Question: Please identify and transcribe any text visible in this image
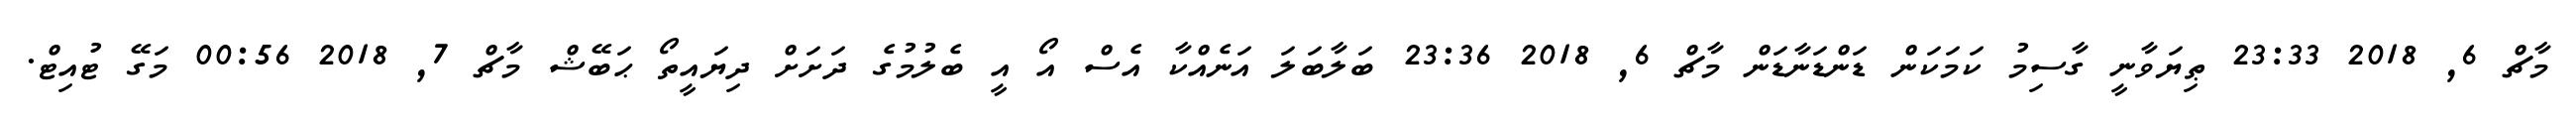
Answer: މާޗް 6, 2018 23:33 ޠިޔަވާނީ ގާސިމު ކަމަކަން ޑަންޑަނާޑަން މާޗް 6, 2018 23:36 ބަލާބަލަ އަނެއްކާ އެސް އޯ އީ ބެލުމުގެ ދަށަށް ދިޔައީތޯ ޙަބޭޝް މާޗް 7, 2018 00:56 މަގޭ ޓުއިޓް.